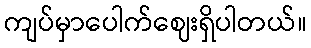
ကျပ်မှာပေါက်ဈေးရှိပါတယ်။